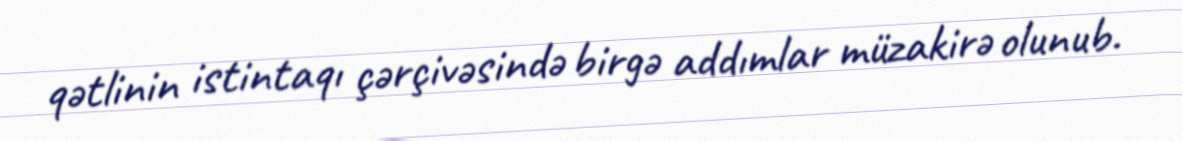
qətlinin istintaqı çərçivəsində birgə addımlar müzakirə olunub.